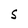
Character: S